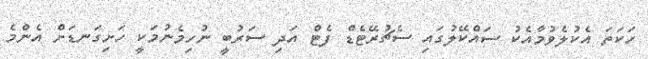
ހަކަތަ އެކުލެވުމާއެކު ސައްކޭލުގައި ސެޗުރޭޓެޑް ފެޓް އަދި ސަރުބީ ނުހިމެނުމަކީ ހަށިގަނޑަށް އެންމެ